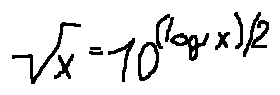
\sqrt { x } = 1 0 ^ { ( \log x ) / 2 }